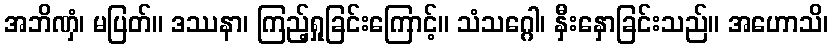
အဘိဏှံ၊ မပြတ်။ ဒဿနာ၊ ကြည့်ရှုခြင်းကြောင့်။ သံသဂ္ဂေါ၊ နှီးနှောခြင်းသည်။ အဟောသိ၊